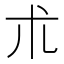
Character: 朮